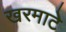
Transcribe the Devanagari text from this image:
खरमाटे